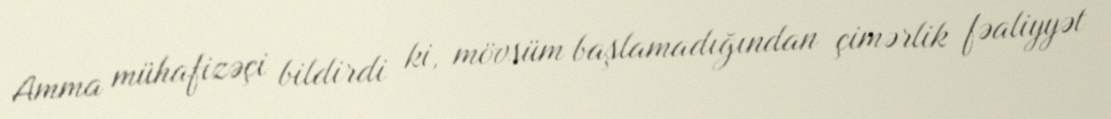
Amma mühafizəçi bildirdi ki, mövsüm başlamadığından çimərlik fəaliyyət